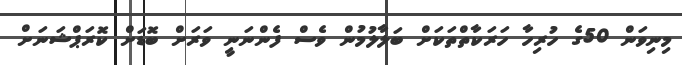
މިނިވަން 50ގެ ހުރިހާ ހަރަކާތްތަކަށް ބަލާލުމުން ވެސް ފެންނަނީ ވަރަށް ބޮޑަށް ކޮރަޕްޝަނަށް